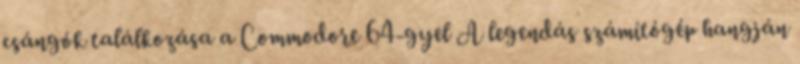
csángók találkozása a Commodore 64-gyel A legendás számítógép hangján